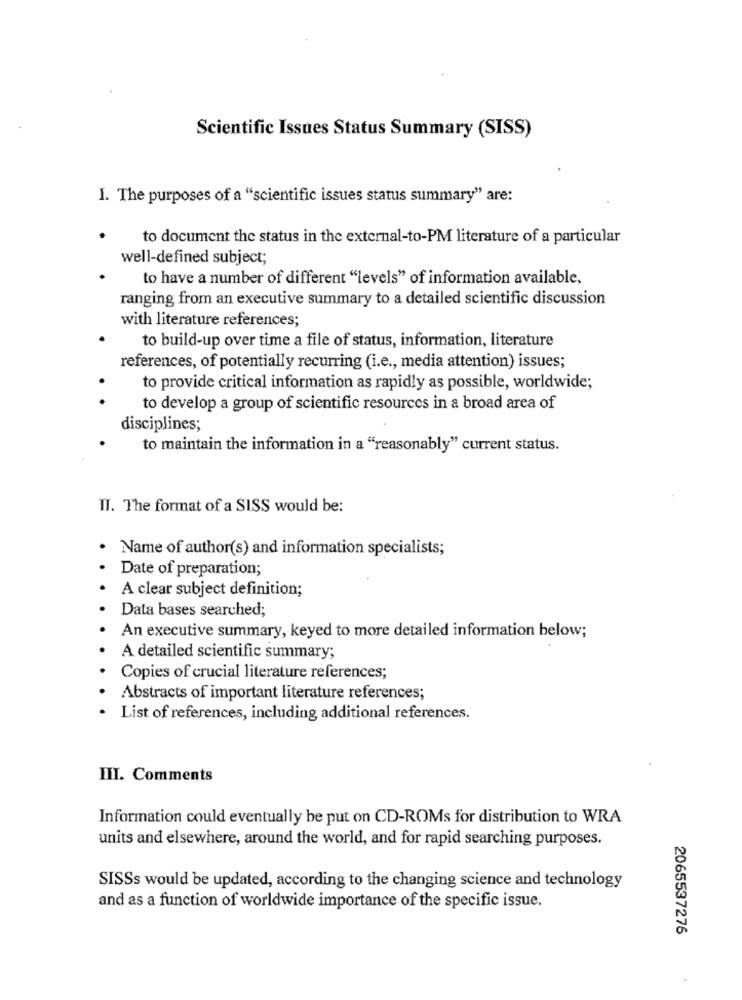
Scientific Issues Status Summary (SISS)
I. The purposes of a "scientific issues status summary" are:
to document the status in the external-to-PM literature of a particular
well-defined subject;
to have a number of different "levels" of information available,
ranging from an executive summary to a detailed scientific discussion
with literature references;
to build-up over time a file of status, information, literature
references, of potentially recurring (i.e ., media attention) issues;
to provide critical information as rapidly as possible, worldwide;
. .
to develop a group of scientific resources in a broad area of
disciplines;
to maintain the information in a "reasonably" current status.
II. The format of a SISS would be:
Name of author(s) and information specialists;
Date of preparation;
A clear subject definition;
Data bases searched;
An executive summary, keyed to more detailed information below;
A detailed scientific summary;
Copies of crucial literature references;
Abstracts of important literature references;
List of references, including additional references.
III. Comments
Information could eventually be put on CD-ROMs for distribution to WRA
units and elsewhere, around the world, and for rapid searching purposes.
SISSs would be updated, according to the changing science and technology
and as a function of worldwide importance of the specific issue.
2065537276